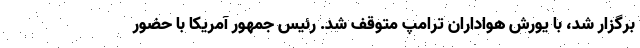
برگزار شد، با یورش هواداران ترامپ متوقف شد. رئیس جمهور آمریکا با حضور